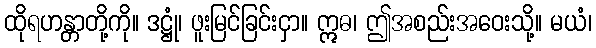
ထိုရဟန္တာတို့ကို။ ဒဋ္ဌုံ၊ ဖူးမြင်ခြင်းငှာ။ ဣဓ၊ ဤအစည်းအဝေးသို့။ မယံ၊